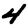
Digit: 4